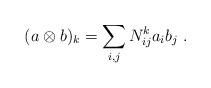
LaTeX: \begin{align*}(a\otimes b)_k = \sum_{i,j} N_{ij}^k a_i b_j\;.\end{align*}